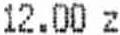
12.00 Z